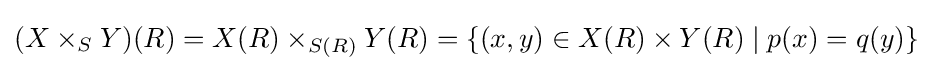
(X\times _{S}Y)(R)=X(R)\times _{S(R)}Y(R)=\{(x,y)\in X(R)\times Y(R)\mid p(x)=q(y)\}